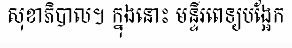
សុខាភិបាល។ ក្នុងនោះ មន្ទីរពេទ្យបង្អែក